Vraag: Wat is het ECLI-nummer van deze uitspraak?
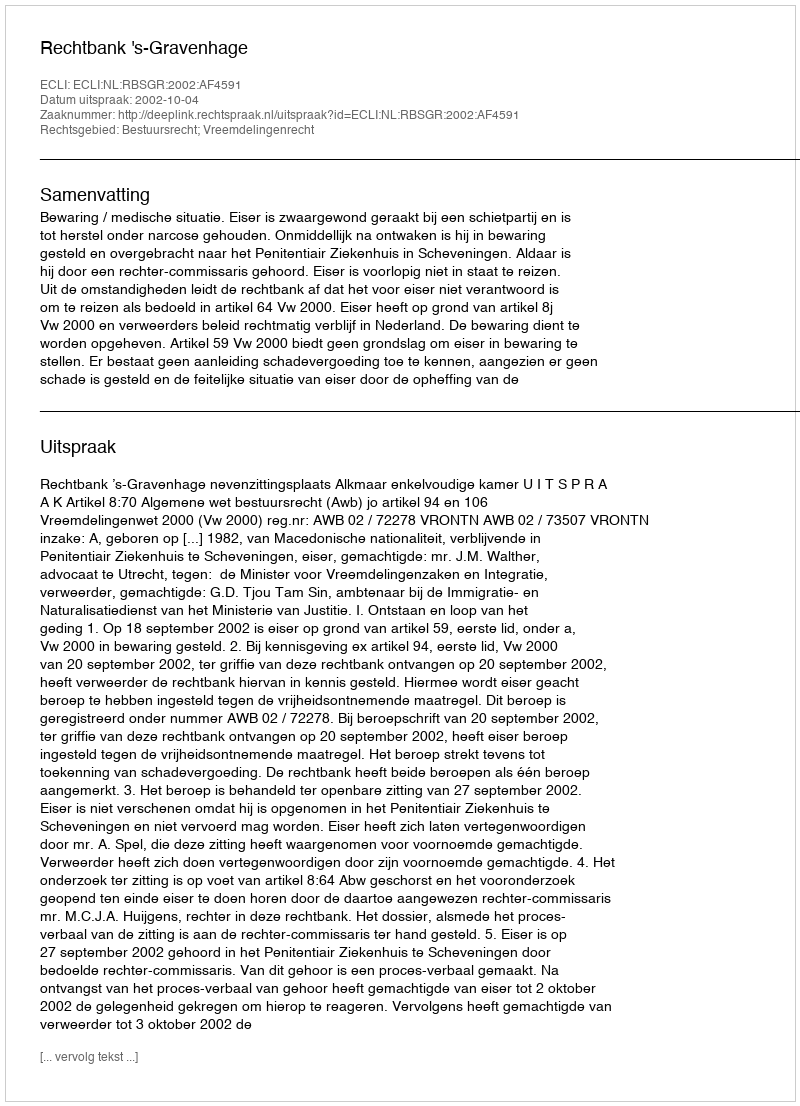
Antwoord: ECLI:NL:RBSGR:2002:AF4591